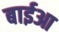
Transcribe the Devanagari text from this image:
बाईआ